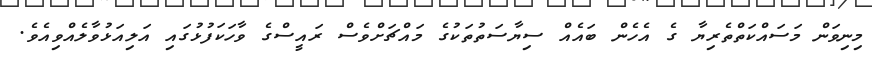
މިނިވަން މަސައްކަތްތެރިޔާ ގެ އެހެން ބައެއް ސިޔާސަތުތަކުގެ މައްޗަށްވެސް ރައީސްގެ ވާހަކަފުޅުގައި އަލިއަޅުވާލެއްވިއެވެ.